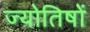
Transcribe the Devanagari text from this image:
ज्योतिषों